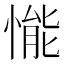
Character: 𢟒